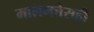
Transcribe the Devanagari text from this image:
मालमत्तेसही